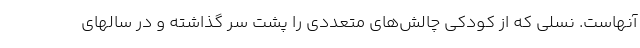
آنهاست. نسلی که از کودکی چالش‌های متعددی را پشت سر گذاشته و در سالهای